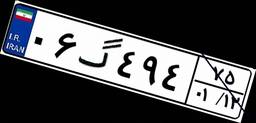
۸۵گ۷۰۴۹۳